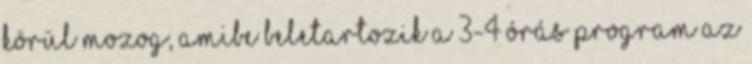
körül mozog, amibe beletartozik a 3-4 órás program az